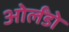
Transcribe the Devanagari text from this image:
ओर्लँडो